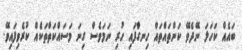
ބައެއް ކަހަލަ ނޭދެވޭ ކަންތައްތައް ހިނގާފައި ހުރި ނަމަވެސް ގިނަ މަސައްކަތްތަކެއް ކުރެވިފައިވޭ.